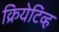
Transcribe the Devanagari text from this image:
क्रियेटिव्ह